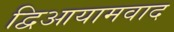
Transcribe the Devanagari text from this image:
द्विआयामवाद